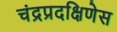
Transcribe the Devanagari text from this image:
चंद्रप्रदक्षिणेस